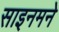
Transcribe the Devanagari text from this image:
साइनमने